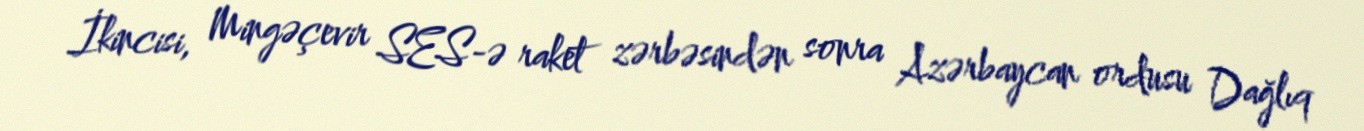
İkincisi, Mingəçevir SES-ə raket zərbəsindən sonra Azərbaycan ordusu Dağlıq